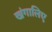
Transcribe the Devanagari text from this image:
खंगालिए